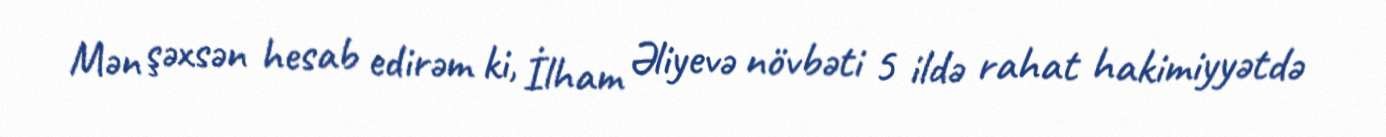
Mən şəxsən hesab edirəm ki, İlham Əliyevə növbəti 5 ildə rahat hakimiyyətdə